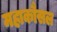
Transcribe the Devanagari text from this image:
महाकौसल